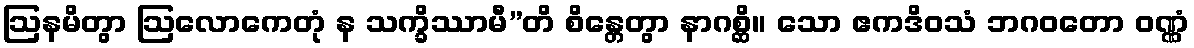
ဩနမိတွာ ဩလောကေတုံ န သက္ခိဿာမီ”တိ စိန္တေတွာ နာဂစ္ဆိ။ သော ဧကဒိဝသံ ဘဂဝတော ဝဏ္ဏံ